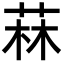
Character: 菻